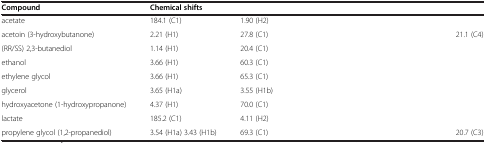
<table><thead><tr><td><b>Compound</b></td><td colspan="6"><b>Chemical shifts</b></td></tr></thead><tbody><tr><td>acetate</td><td>184.1 (C1)</td><td>1.90 (H2)</td><td>[EMPTY_CELL]</td><td>[EMPTY_CELL]</td><td>[EMPTY_CELL]</td><td>[EMPTY_CELL]</td></tr><tr><td>acetoin (3-hydroxybutanone)</td><td>2.21 (H1)</td><td>27.8 (C1)</td><td>[EMPTY_CELL]</td><td>[EMPTY_CELL]</td><td>[EMPTY_CELL]</td><td>21.1 (C4)</td></tr><tr><td>(RR/SS) 2,3-butanediol</td><td>1.14 (H1)</td><td>20.4 (C1)</td><td>[EMPTY_CELL]</td><td>[EMPTY_CELL]</td><td>[EMPTY_CELL]</td><td>[EMPTY_CELL]</td></tr><tr><td>ethanol</td><td>3.66 (H1)</td><td>60.3 (C1)</td><td>[EMPTY_CELL]</td><td>[EMPTY_CELL]</td><td>[EMPTY_CELL]</td><td>[EMPTY_CELL]</td></tr><tr><td>ethylene glycol</td><td>3.66 (H1)</td><td>65.3 (C1)</td><td>[EMPTY_CELL]</td><td>[EMPTY_CELL]</td><td>[EMPTY_CELL]</td><td>[EMPTY_CELL]</td></tr><tr><td>glycerol</td><td>3.65 (H1a)</td><td>3.55 (H1b)</td><td>[EMPTY_CELL]</td><td>[EMPTY_CELL]</td><td>[EMPTY_CELL]</td><td>[EMPTY_CELL]</td></tr><tr><td>hydroxyacetone (1-hydroxypropanone)</td><td>4.37 (H1)</td><td>70.0 (C1)</td><td>[EMPTY_CELL]</td><td>[EMPTY_CELL]</td><td>[EMPTY_CELL]</td><td>[EMPTY_CELL]</td></tr><tr><td>lactate</td><td>185.2 (C1)</td><td>4.11 (H2)</td><td>[EMPTY_CELL]</td><td>[EMPTY_CELL]</td><td>[EMPTY_CELL]</td><td>[EMPTY_CELL]</td></tr><tr><td>propylene glycol (1,2-propanediol)</td><td>3.54 (H1a) 3.43 (H1b)</td><td>69.3 (C1)</td><td>[EMPTY_CELL]</td><td>[EMPTY_CELL]</td><td>[EMPTY_CELL]</td><td>20.7 (C3)</td></tr></tbody></table>